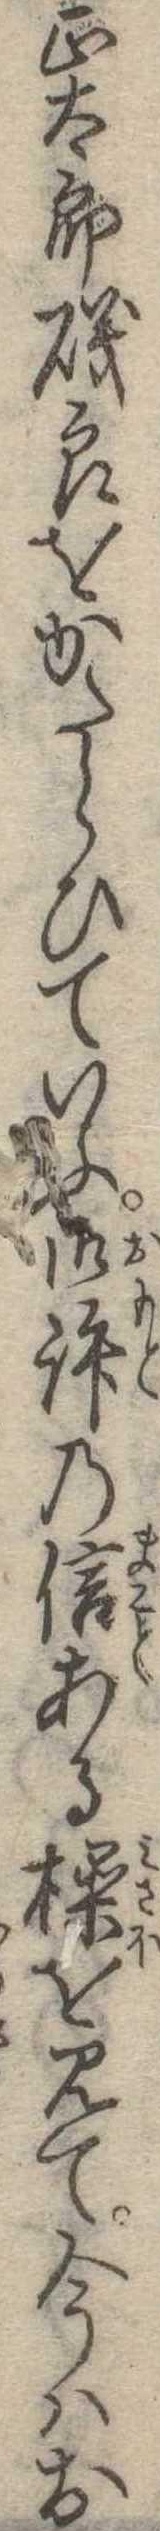
正太郎磯良をかたらひていふ御許の信ある操を見て今はお